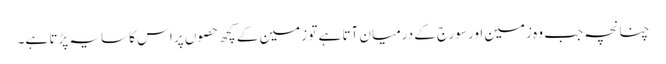
چنانچہ جب وہ زمین اور سورج کے درمیان آتا ہے تو زمین کے کچھ حصوں پر اس کا سایہ پڑتا ہے۔